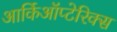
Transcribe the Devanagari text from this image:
आर्किऑप्टेरिक्स